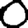
Digit: 0